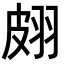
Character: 𦐢